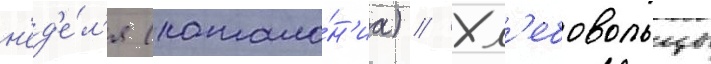
н'ед'е́л'я (катало́н'иа) // Хл'ебовольцы